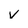
Character: v